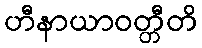
ဟီနာယာဝတ္တီတိ